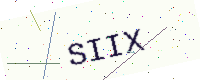
Text: SIIX